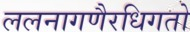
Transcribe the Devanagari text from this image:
ललनागणैरधिगतो